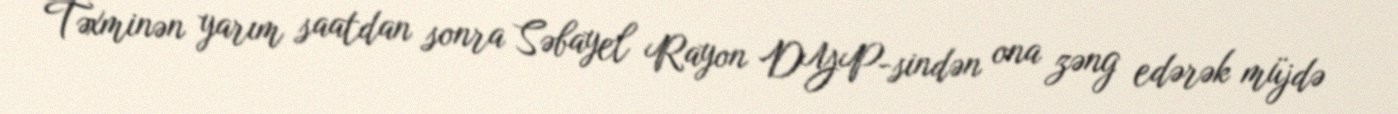
Təxminən yarım saatdan sonra Səbayel Rayon DYP-sindən ona zəng edərək müjdə